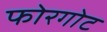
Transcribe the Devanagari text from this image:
फोरगोट